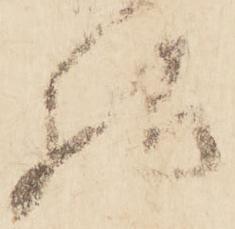
様